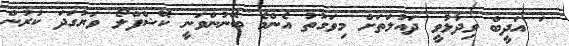
ަ އަދީބް ވިދާޅުވީ ދައުލަތަށް މިވަގުތު އެންމެ ބޭނުންވަނީ ކޭޝްފްލޯ ވަރުގަދަ ކުރުން